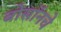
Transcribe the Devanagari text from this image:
बोसॉनचे